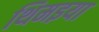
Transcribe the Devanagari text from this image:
थिमइया